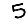
Digit: 5